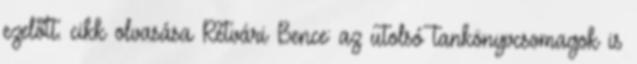
ezelőtt. cikk olvasása Rétvári Bence: az utolsó tankönyvcsomagok is